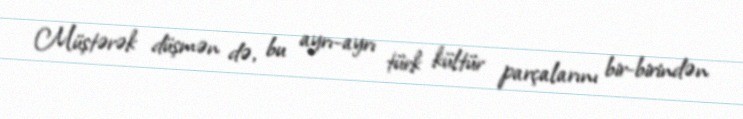
Müştərək düşmən də, bu ayrı-ayrı türk kültür parçalarını bir-birindən